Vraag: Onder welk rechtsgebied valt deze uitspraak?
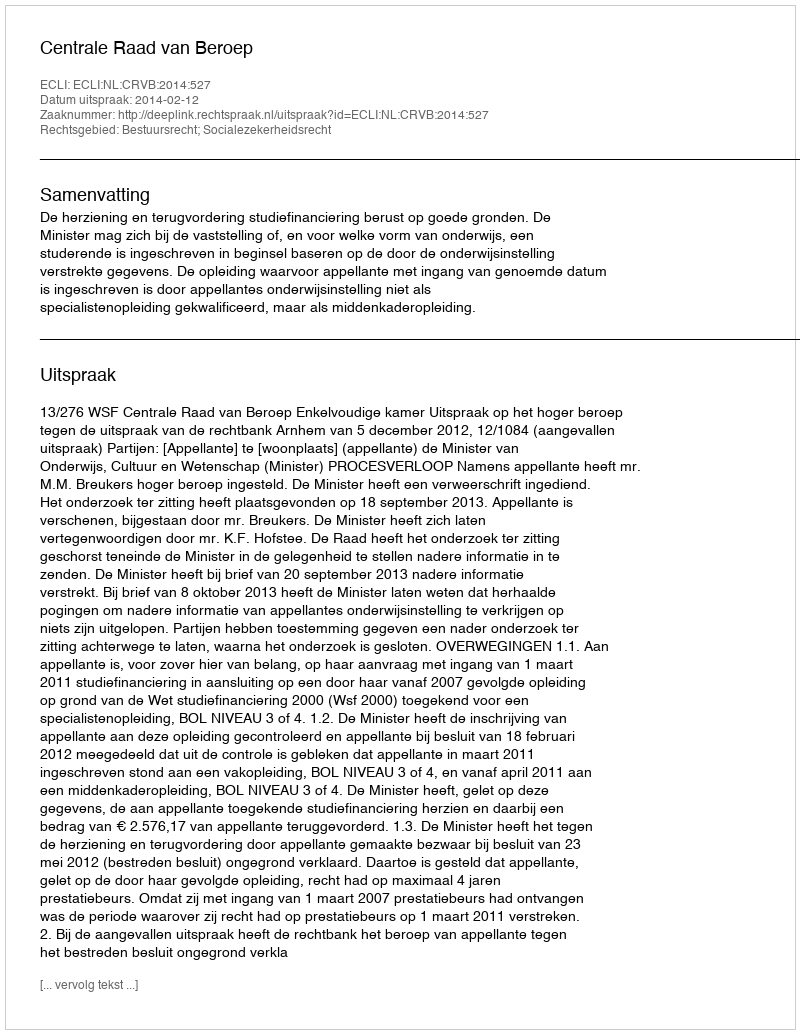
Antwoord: Bestuursrecht; Socialezekerheidsrecht